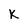
Character: K